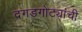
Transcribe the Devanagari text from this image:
दगडगोट्यांची